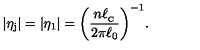
\vert \eta _ { \mathrm { j } } \vert = \vert \eta _ { 1 } \vert = \biggl ( \frac { n \ell _ { _ \mathrm { C } } } { 2 \pi \ell _ { 0 } } \biggl ) ^ { - 1 } .